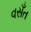
વસઁત